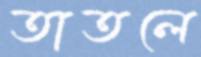
তাতলে